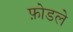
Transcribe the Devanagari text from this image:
फ़ोडले